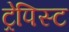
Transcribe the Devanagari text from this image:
ट्रेपिस्ट